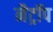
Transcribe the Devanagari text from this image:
नैट्रॉप